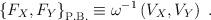
LaTeX: \begin{align*}\left\{{F_{X},F_{Y}}\right\}_{\rm P.B.}\equiv\omega^{-1}\left({V_{X},V_{Y}}\right)\ .\end{align*}